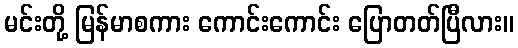
မင်းတို့ မြန်မာစကား ကောင်းကောင်း ပြောတတ်ပြီလား။